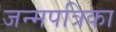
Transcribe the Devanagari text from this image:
जन्मपत्रिका